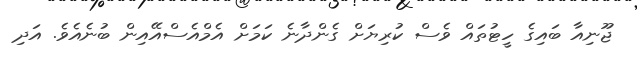
ޖޫނިއާ ބައިގެ ހީޓުތައް ވެސް ކުރިޔަށް ގެންދާނެ ކަމަށް އެމްއެސްއޭއިން ބުނެއެވެ. އަދި